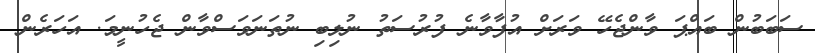
ސަބަބުން ބައްޕަ ވާންޖެހޭ ވަރަށް އުފާވާނެ ފުރުސަތު ނުލިބި ނުތަނަވަސްވާން ޖެހުނީމަ. އަހަރެން